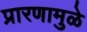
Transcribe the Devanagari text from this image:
प्रारणामुळे